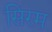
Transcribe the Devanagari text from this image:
सिरम